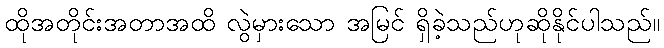
ထိုအတိုင်းအတာအထိ လွဲမှားသော အမြင် ရှိခဲ့သည်ဟုဆိုနိုင်ပါသည်။